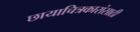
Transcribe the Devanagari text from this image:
छायाचित्रकारांसाठी